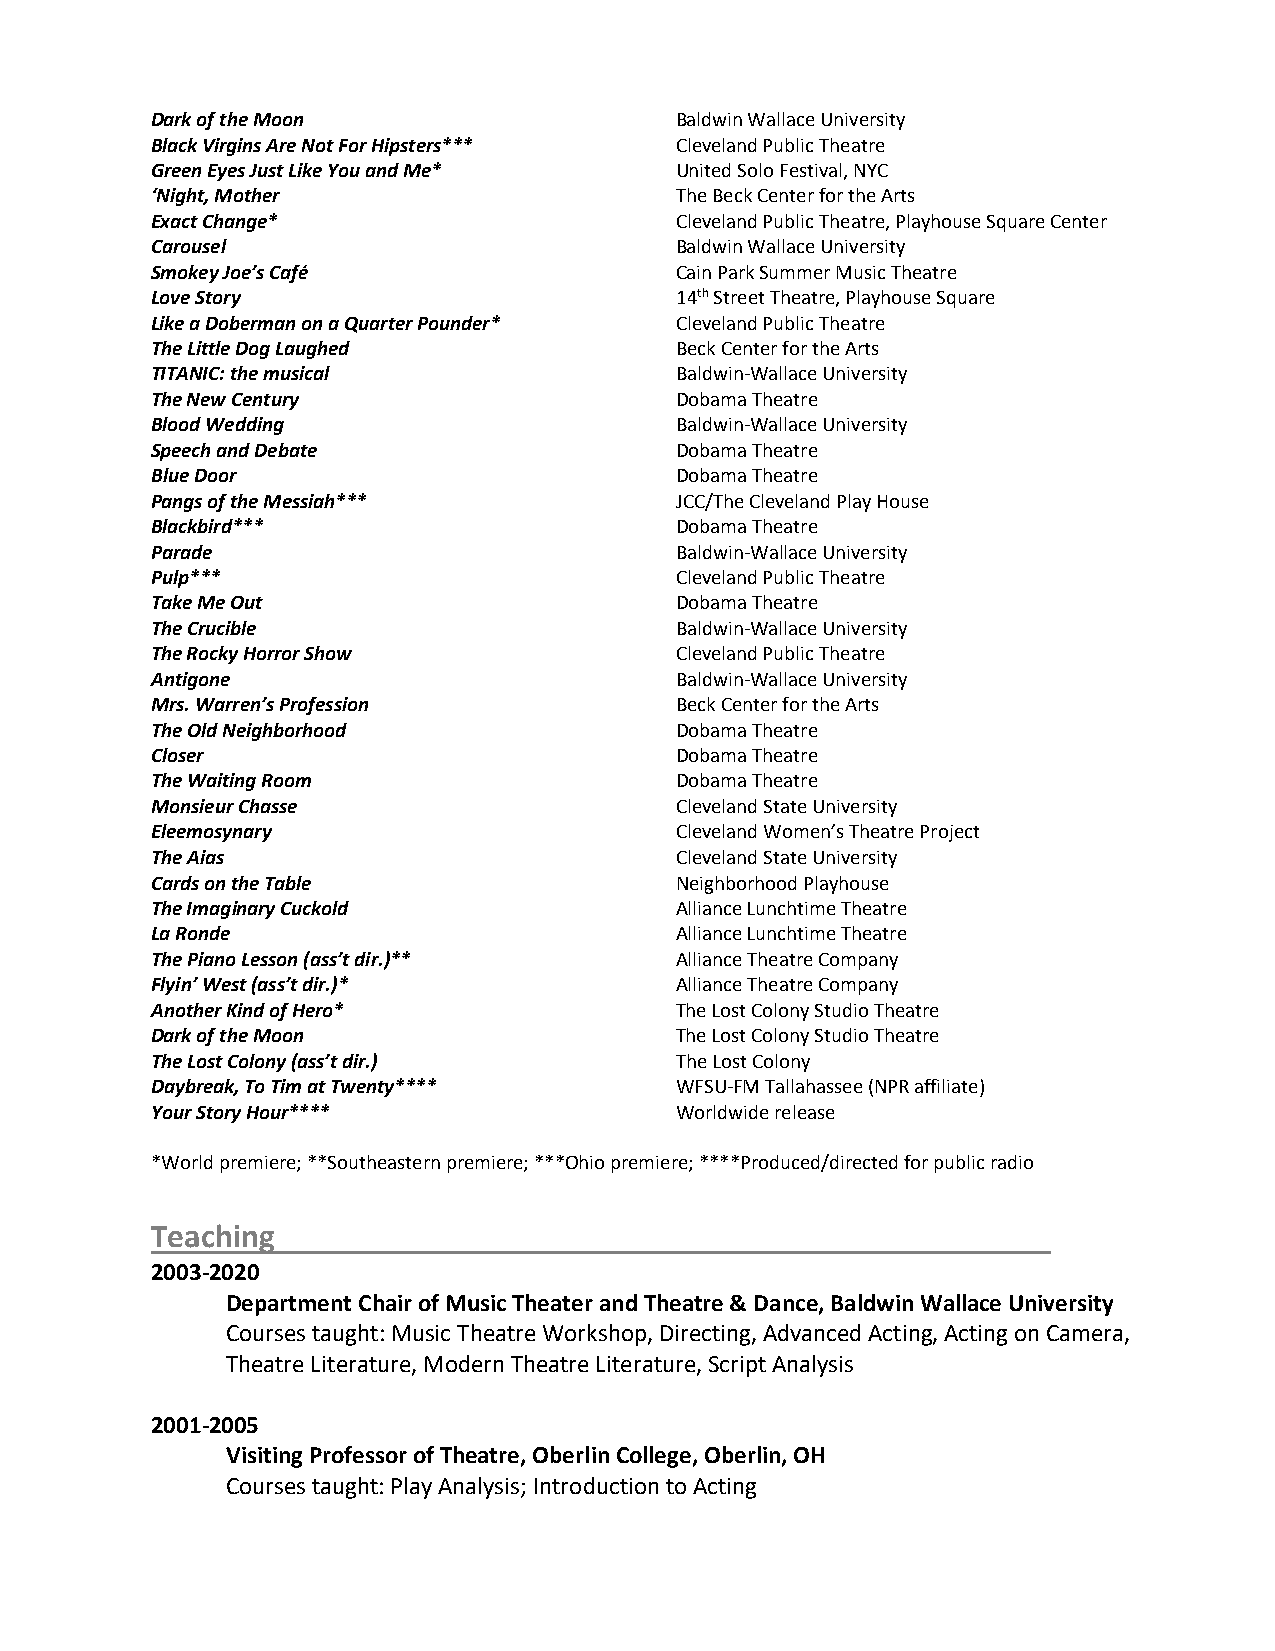
Dark of the Moon                   Baldwin Wallace University
 Black Virgins Are Not For Hipsters*** Cleveland Public Theatre
 Green Eyes Just Like You and Me*   United Solo Festival, NYC
 ‘Night, Mother                     The Beck Center for the Arts
 Exact Change*                      Cleveland Public Theatre, Playhouse Square Center
 Carousel                           Baldwin Wallace University
 Smokey Joe’s Café                  Cain Park Summer Music Theatre
 Love Story                         14th Street Theatre, Playhouse Square
 Like a Doberman on a Quarter Pounder* Cleveland Public Theatre
 The Little Dog Laughed             Beck Center for the Arts
 TITANIC: the musical               Baldwin-Wallace University
 The New Century                    Dobama Theatre
 Blood Wedding                      Baldwin-Wallace University
 Speech and Debate                  Dobama Theatre
 Blue Door                          Dobama Theatre
 Pangs of the Messiah***            JCC/The Cleveland Play House
 Blackbird***                       Dobama Theatre
 Parade                             Baldwin-Wallace University
 Pulp***                            Cleveland Public Theatre
 Take Me Out                        Dobama Theatre
 The Crucible                       Baldwin-Wallace University
 The Rocky Horror Show              Cleveland Public Theatre
 Antigone                           Baldwin-Wallace University
 Mrs. Warren’s Profession           Beck Center for the Arts
 The Old Neighborhood               Dobama Theatre
 Closer                             Dobama Theatre
 The Waiting Room                   Dobama Theatre
 Monsieur Chasse                    Cleveland State University
 Eleemosynary                       Cleveland Women’s Theatre Project
 The Aias                           Cleveland State University
 Cards on the Table                 Neighborhood Playhouse
 The Imaginary Cuckold              Alliance Lunchtime Theatre
 La Ronde                           Alliance Lunchtime Theatre
 The Piano Lesson (ass’t dir.)**    Alliance Theatre Company
 Flyin’ West (ass’t dir.)*          Alliance Theatre Company
 Another Kind of Hero*              The Lost Colony Studio Theatre
 Dark of the Moon                   The Lost Colony Studio Theatre
 The Lost Colony (ass’t dir.)       The Lost Colony
 Daybreak, To Tim at Twenty****     WFSU-FM Tallahassee (NPR affiliate)
 Your Story Hour****                Worldwide release
 *World premiere; **Southeastern premiere; ***Ohio premiere; ****Produced/directed for public radio
 Teaching
 2003-2020
 Department Chair of Music Theater and Theatre & Dance, Baldwin Wallace University
 Courses taught: Music Theatre Workshop, Directing, Advanced Acting, Acting on Camera,
 Theatre Literature, Modern Theatre Literature, Script Analysis
 2001-2005
 Visiting Professor of Theatre, Oberlin College, Oberlin, OH
 Courses taught: Play Analysis; Introduction to Acting